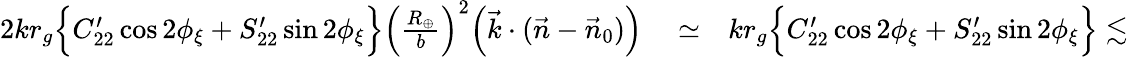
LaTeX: \begin{array}{rlr}{2kr_{g}\Big\{ C_{22}^{\prime}\cos 2\phi_{\xi}+S_{22}^{\prime}\sin 2\phi_{\xi}\Big\} \Big(\frac{R_{\oplus}}{b}\Big)^{2}\Big({\vec{k}}\cdot({\vec{n}}-{\vec{n}}_{0})\Big)}&{{}\simeq}&{kr_{g}\Big\{ C_{22}^{\prime}\cos 2\phi_{\xi}+S_{22}^{\prime}\sin 2\phi_{\xi}\Big\} \lesssim}\end{array}